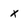
Character: x